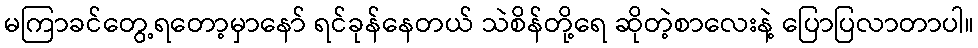
မကြာခင်တွေ့ရတော့မှာနော် ရင်ခုန်နေတယ် သဲစိန်တို့ရေ ဆိုတဲ့စာလေးနဲ့ ပြောပြလာတာပါ။